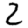
Digit: 2